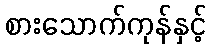
စားသောက်ကုန်နှင့်